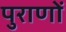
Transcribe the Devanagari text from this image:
पुराणाें